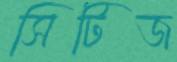
সিটিজ